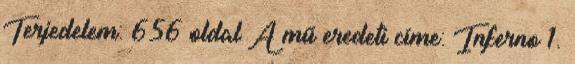
Terjedelem: 656 oldal A mű eredeti címe: Inferno 1.